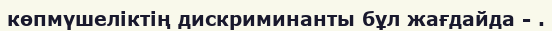
көпмүшеліктің дискриминанты бұл жағдайда - .